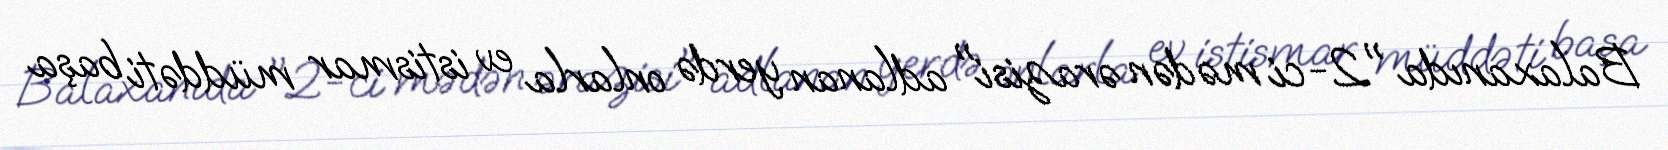
Balaxanıda "2-ci mədən ərazisi" adlanan yerdə onlarla ev istismar müddəti başa